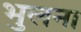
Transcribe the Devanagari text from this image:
भुलना